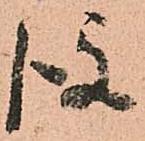
後